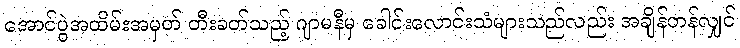
အောင်ပွဲအထိမ်းအမှတ် တီးခတ်သည့် ဂျာမနီမှ ခေါင်းလောင်းသံများသည်လည်း အချိန်တန်လျှင်